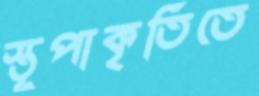
স্তূপাকৃতিতে